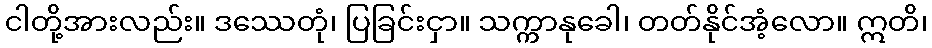
ငါတို့အားလည်း။ ဒဿေတုံ၊ ပြခြင်းငှာ။ သက္ကာနုခေါ၊ တတ်နိုင်အံ့လော။ ဣတိ၊